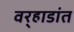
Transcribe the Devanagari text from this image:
वर्‍हाडांत